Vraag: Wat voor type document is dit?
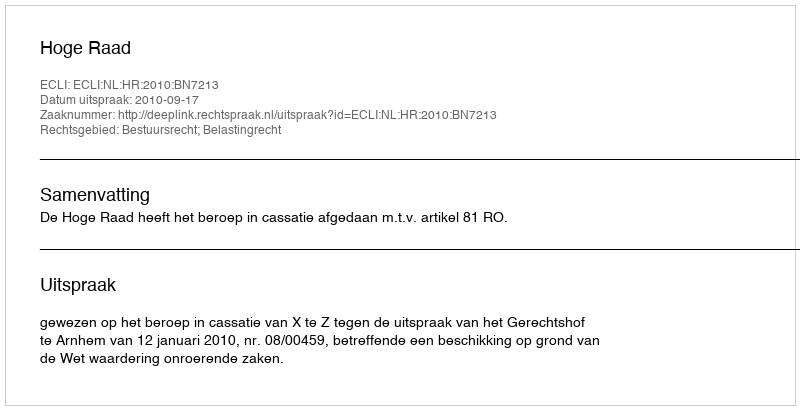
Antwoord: Uitspraak